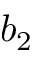
b _ { 2 }